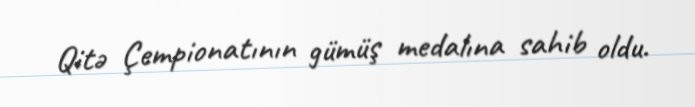
Qitə Çempionatının gümüş medalına sahib oldu.